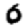
Digit: 0